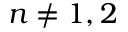
n \neq 1 , 2